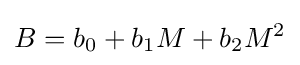
B=b_{0}+b_{1}M+b_{2}M^{2}